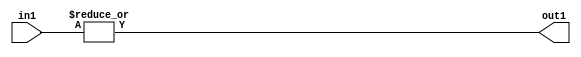
`timescale 1ps / 1ps
/*****************************************************************************
    Verilog RTL Description
    
    
    Created by: Stratus DpOpt 2019.1.01 
*******************************************************************************/

module pe_array_OrReduction_8U_1U_1 (
	in1,
	out1
	); /* architecture "behavioural" */ 
input [7:0] in1;
output  out1;
wire  asc001;

assign asc001 = 
	(|in1);

assign out1 = asc001;
endmodule

/* CADENCE  urb1Sg4= : u9/ySgnWtBlWxVPRXgAZ4Og= ** DO NOT EDIT THIS LINE ******/